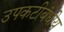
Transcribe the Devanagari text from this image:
उपकटीबंधीय